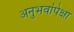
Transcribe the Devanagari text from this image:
अनुभवांपेक्षा